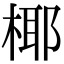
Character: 椰